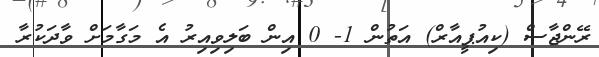
ރޭންޖާސް (ކިއުޕީއާރް) އަތުން 1- 0 އިން ބަލިވިއިރު އެ މަގާމަށް ވާދަކުރާ